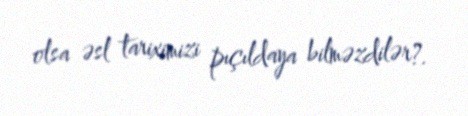
olsa əsl tariximizi pıçıldaya bilməzdilər?.